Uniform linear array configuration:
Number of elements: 24
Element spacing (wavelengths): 0.5
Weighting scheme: exponential
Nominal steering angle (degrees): -30
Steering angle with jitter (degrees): -29.636
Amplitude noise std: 0.05
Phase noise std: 0.05

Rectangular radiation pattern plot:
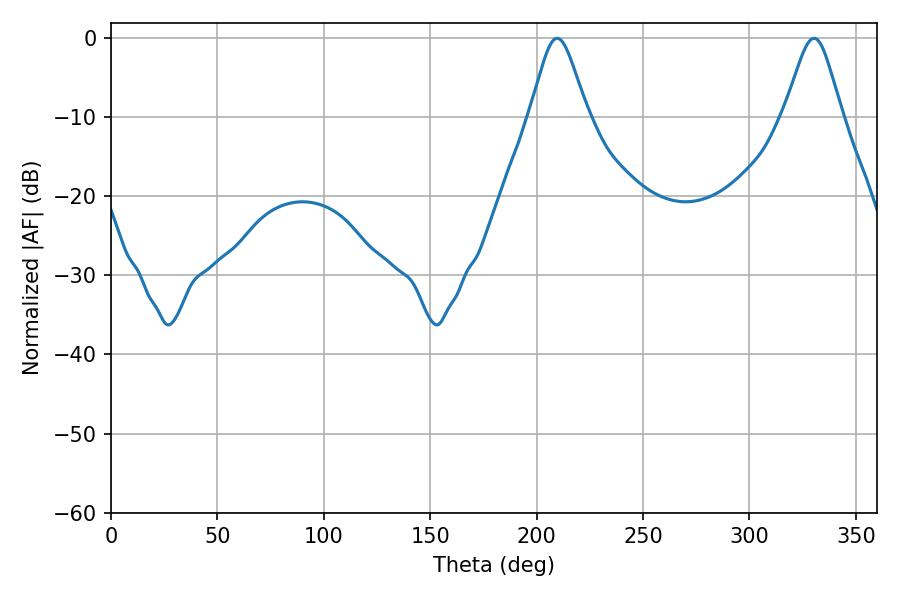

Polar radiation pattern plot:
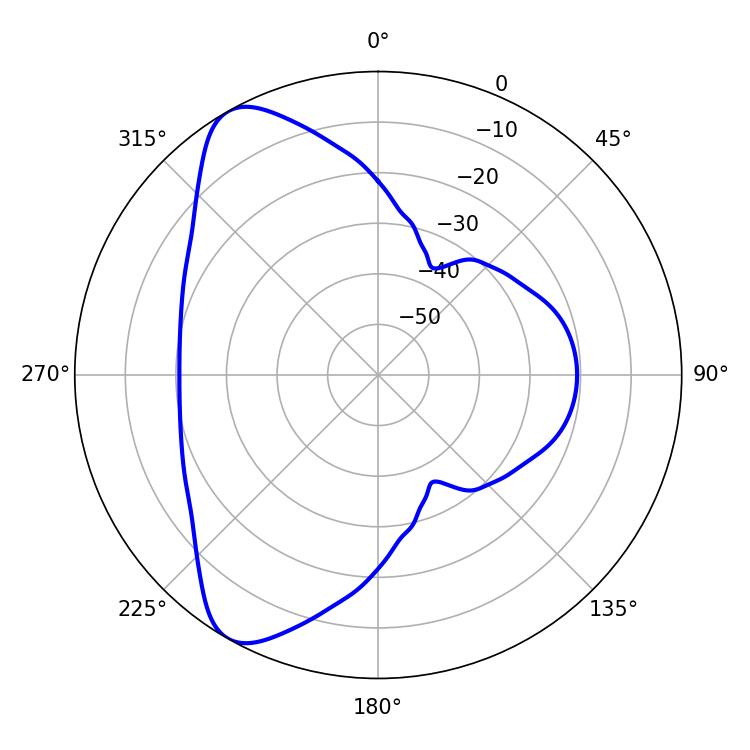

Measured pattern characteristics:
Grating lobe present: FALSE
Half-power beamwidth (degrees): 13.14
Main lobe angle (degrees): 209.7